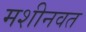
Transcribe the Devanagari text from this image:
मशीनवत